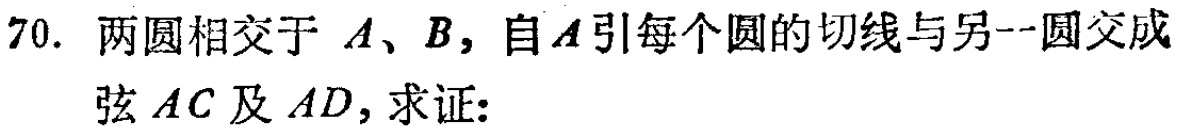
70. 两圆相交于 \(A\)、\(B\)，自\(A\)引每个圆的切线与另一圆交成弦 \(AC\) 及 \(AD\)，求证: